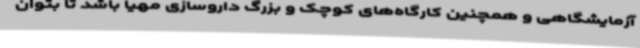
آزمایشگاهی و همچنین کارگاه‌های کوچک و بزرگ داروسازی مهیا باشد تا بتوان